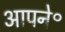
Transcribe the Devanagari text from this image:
आपने॰